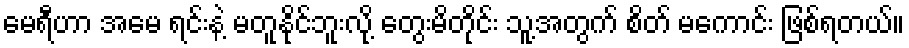
မေရီဟာ အမေ ရင်းနဲ့ မတူနိုင်ဘူးလို့ တွေးမိတိုင်း သူ့အတွက် စိတ် မကောင်း ဖြစ်ရတယ်။